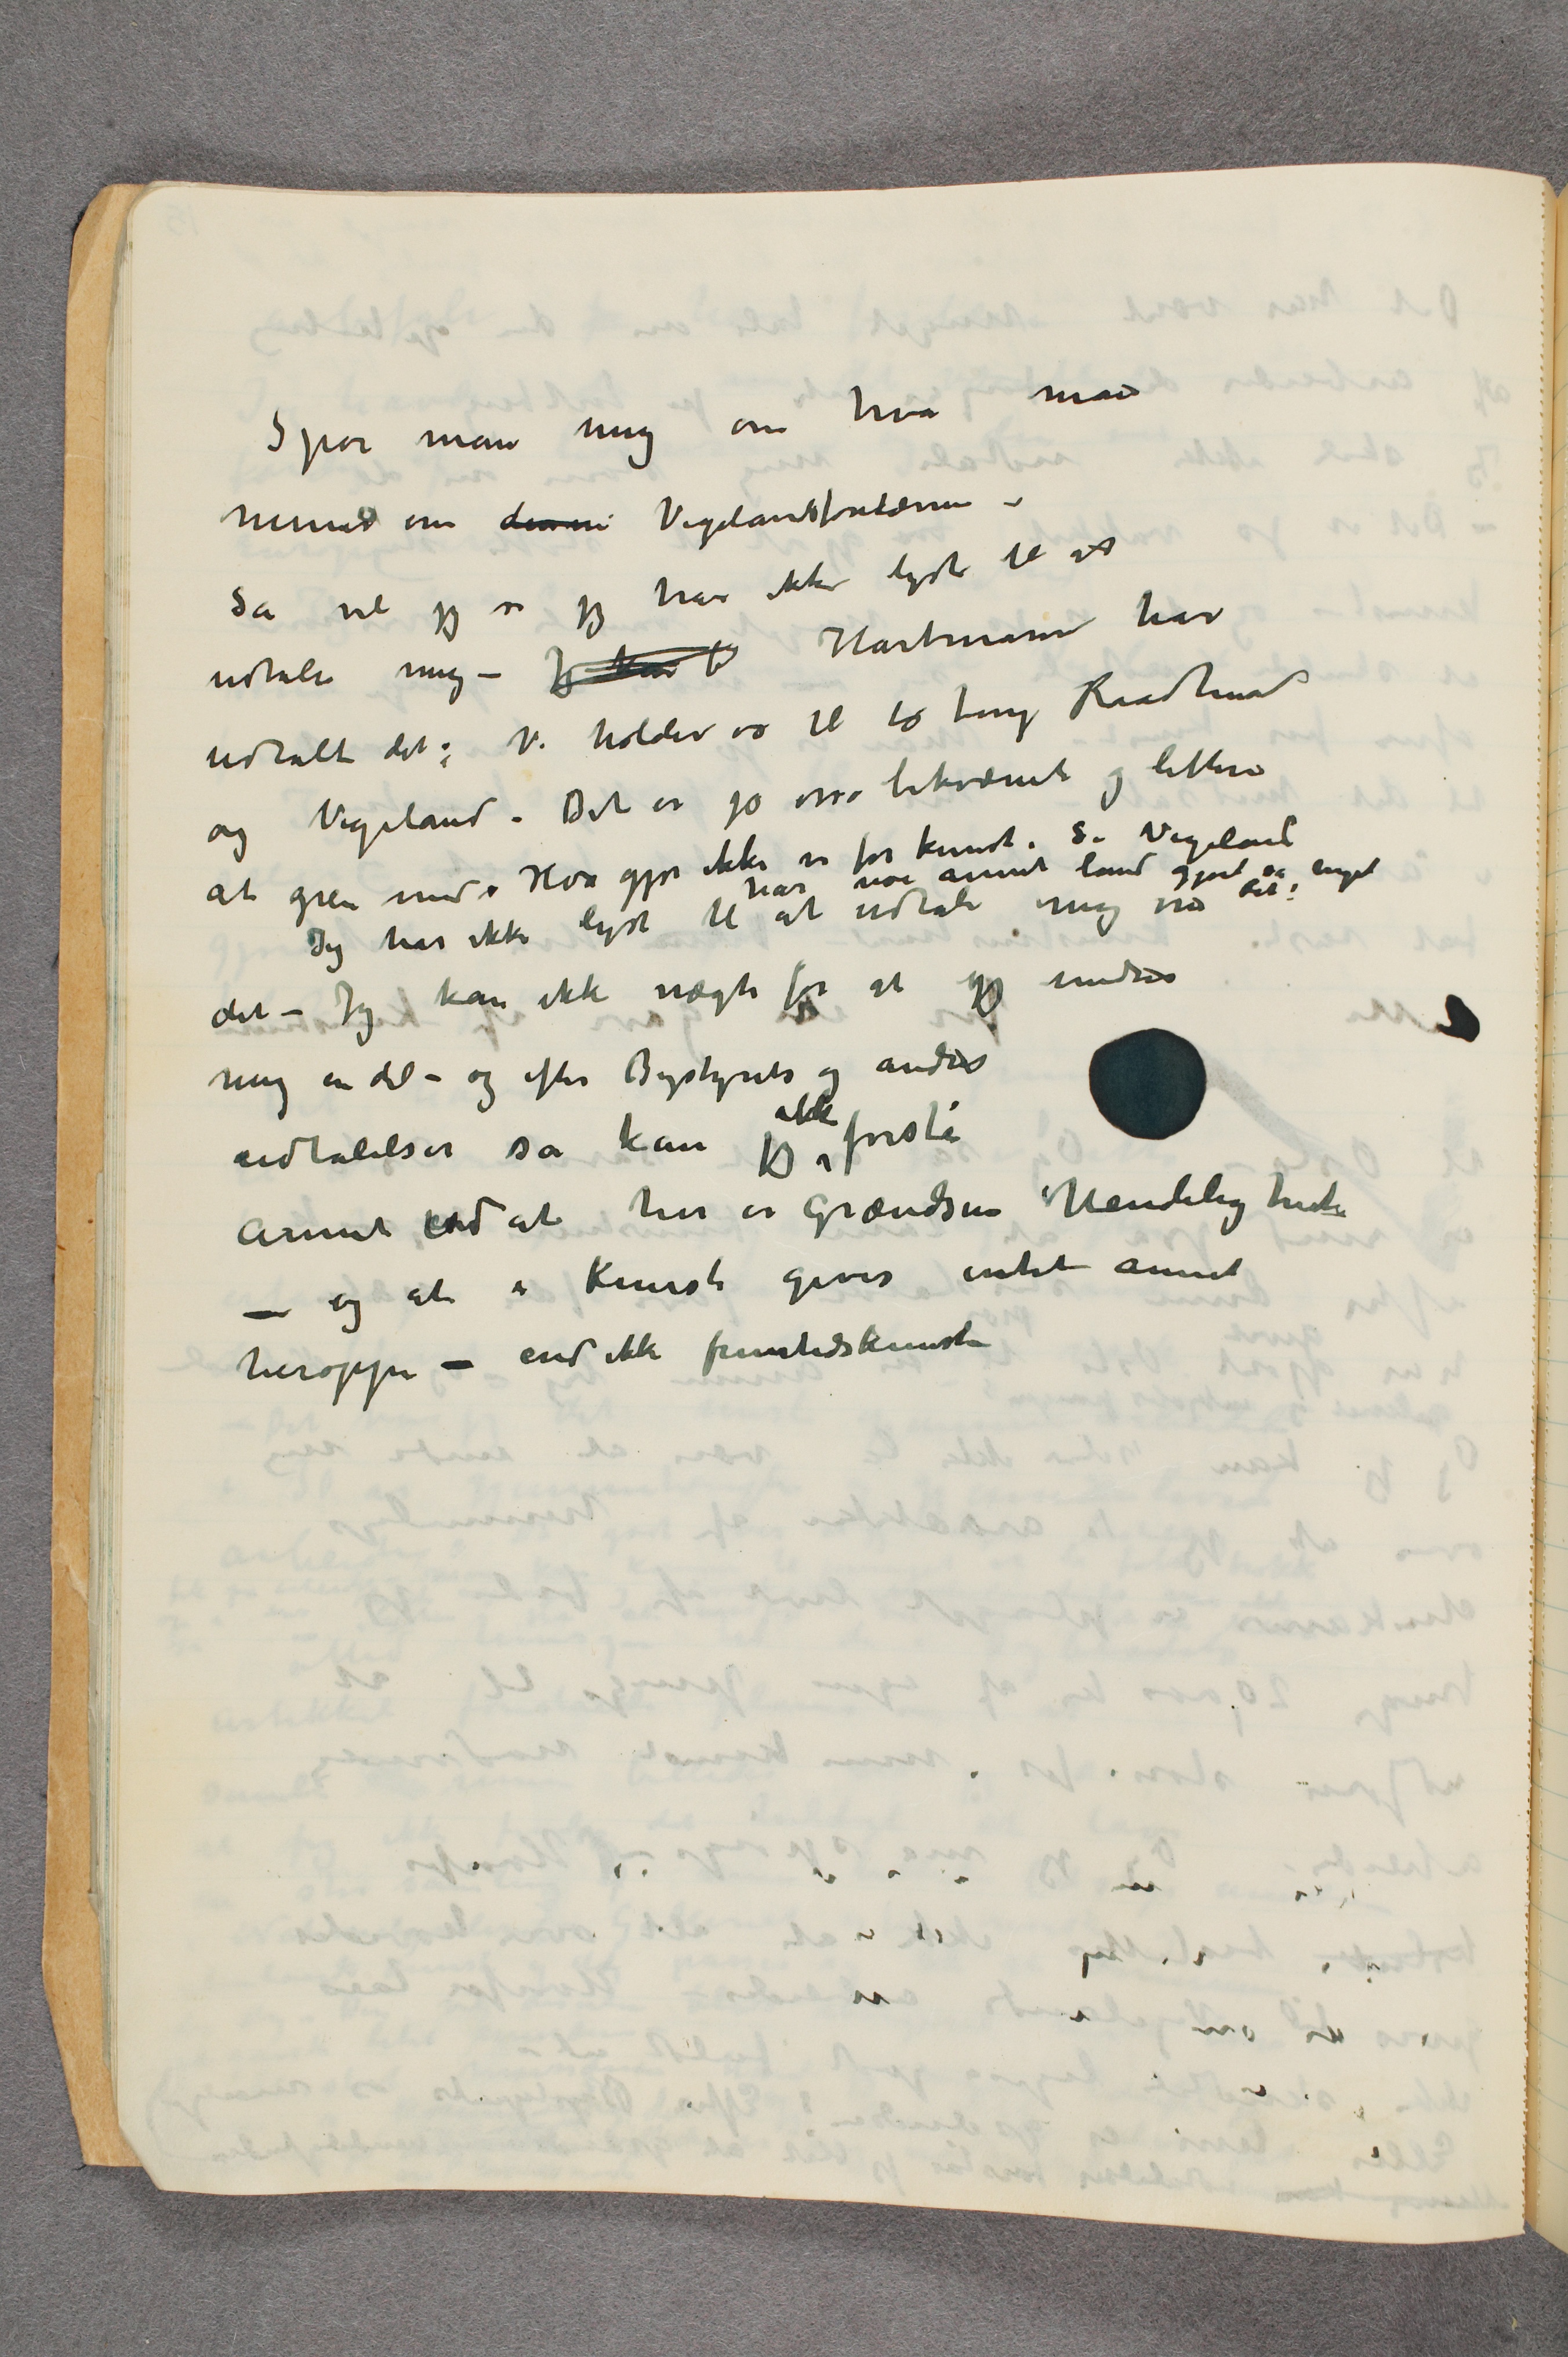
Spør man mig om hva man
mener om denne Vigelandsfontænen –
Så vil jeg si jeg har ikke lyst til at
udtale mig – Jeg kan b Hartmann har
udtalt det: Vi holder os til to ting Raadhuset
og Vigeland. Det er jo osså bekvæmt og lettere
at greie med. Hva gjør ikke vi for kunst. Se Vigeland
har noe annet land gjort så meget
til!
Jeg har ikke lyst til at udtale mig om
det – Jeg kan ikke nægte for at jeg undrer
mig en del – og efter Bystyrets og andres
udtalelser så kan jeg ikke forstå
annet end at her er grændsen Uendeligheden
– og at i Kunst gives intet annet
heroppe – end ikke fremtidskunsten